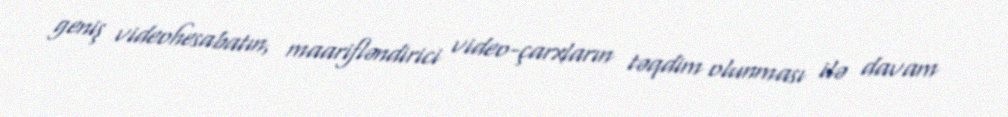
geniş videohesabatın, maarifləndirici video-çarxların təqdim olunması ilə davam